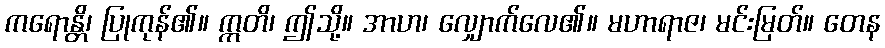
ကရောန္တိ၊ ပြုကုန်၏။ ဣတိ၊ ဤသို့။ အာဟ၊ လျှောက်လေ၏။ မဟာရာဇ၊ မင်းမြတ်။ တေန